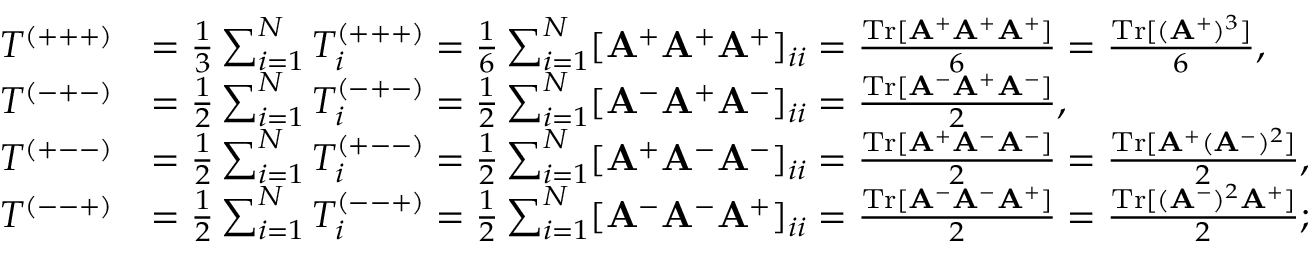
\begin{array} { r l } { T ^ { ( + + + ) } } & { = \frac { 1 } { 3 } \sum _ { i = 1 } ^ { N } T _ { i } ^ { ( + + + ) } = \frac { 1 } { 6 } \sum _ { i = 1 } ^ { N } [ \mathbf { A } ^ { + } \mathbf { A } ^ { + } \mathbf { A } ^ { + } ] _ { i i } = \frac { \mathrm { T r } [ \mathbf { A } ^ { + } \mathbf { A } ^ { + } \mathbf { A } ^ { + } ] } { 6 } = \frac { \mathrm { T r } [ ( \mathbf { A } ^ { + } ) ^ { 3 } ] } { 6 } , } \\ { T ^ { ( - + - ) } } & { = \frac { 1 } { 2 } \sum _ { i = 1 } ^ { N } T _ { i } ^ { ( - + - ) } = \frac { 1 } { 2 } \sum _ { i = 1 } ^ { N } [ \mathbf { A } ^ { - } \mathbf { A } ^ { + } \mathbf { A } ^ { - } ] _ { i i } = \frac { \mathrm { T r } [ \mathbf { A } ^ { - } \mathbf { A } ^ { + } \mathbf { A } ^ { - } ] } { 2 } , } \\ { T ^ { ( + -- ) } } & { = \frac { 1 } { 2 } \sum _ { i = 1 } ^ { N } T _ { i } ^ { ( + -- ) } = \frac { 1 } { 2 } \sum _ { i = 1 } ^ { N } [ \mathbf { A } ^ { + } \mathbf A ^ { - } \mathbf { A } ^ { - } ] _ { i i } = \frac { \mathrm { T r } [ \mathbf { A } ^ { + } \mathbf { A } ^ { - } \mathbf { A } ^ { - } ] } { 2 } = \frac { \mathrm { T r } [ \mathbf { A } ^ { + } ( \mathbf { A } ^ { - } ) ^ { 2 } ] } { 2 } , } \\ { T ^ { ( -- + ) } } & { = \frac { 1 } { 2 } \sum _ { i = 1 } ^ { N } T _ { i } ^ { ( -- + ) } = \frac { 1 } { 2 } \sum _ { i = 1 } ^ { N } [ \mathbf { A } ^ { - } \mathbf { A } ^ { - } \mathbf { A } ^ { + } ] _ { i i } = \frac { \mathrm { T r } [ \mathbf { A } ^ { - } \mathbf A ^ { - } \mathbf { A } ^ { + } ] } { 2 } = \frac { \mathrm { T r } [ ( \mathbf { A } ^ { - } ) ^ { 2 } \mathbf { A } ^ { + } ] } { 2 } ; } \end{array}